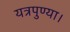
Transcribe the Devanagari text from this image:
यत्रपुण्या।